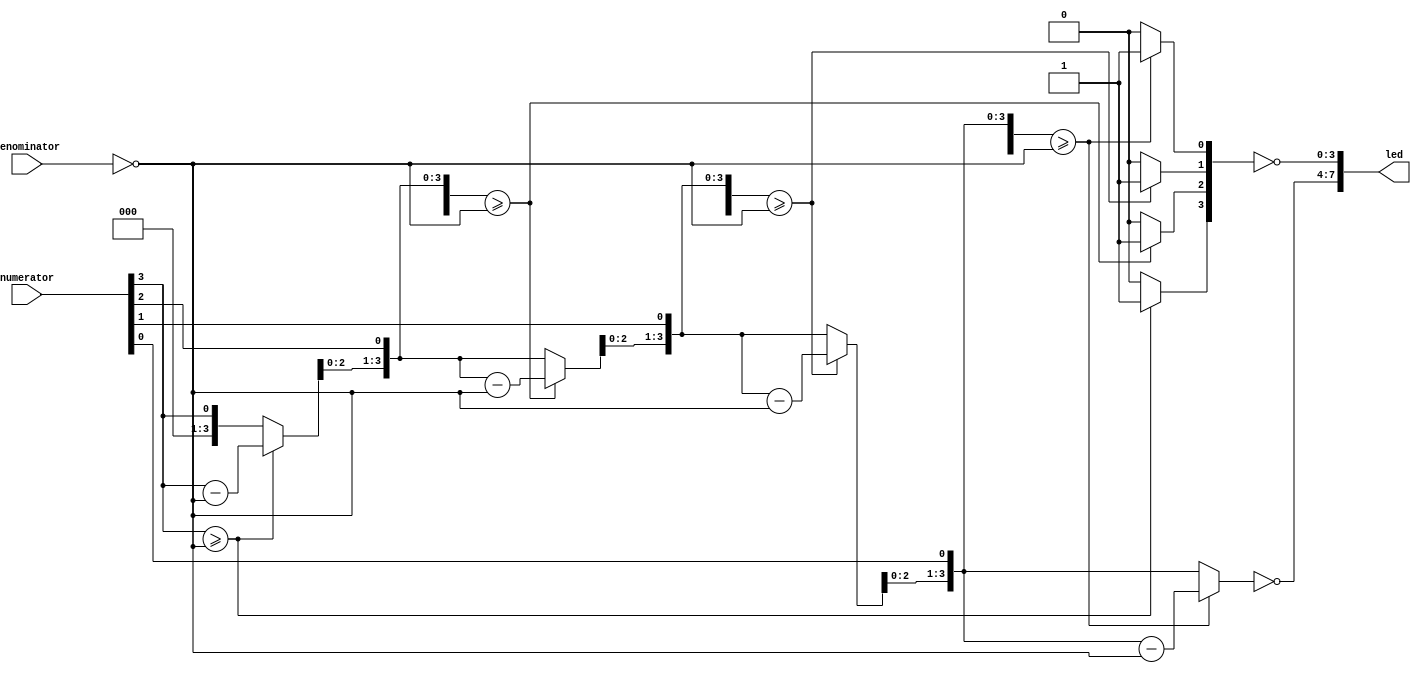
//********************************************************
//
//   Copyright(c)2016, STEP FPGA 
//   All rights reserved
//
//   Module name     :   div

//   Data            :   2016/08/31
 
//   Version         :   V1.0
//   Description       4 bits division
//
//   Modification history
//   ----------------------------------------------------------------------------
// Version       Data(2016/08/31)   V1.0
// Description
//
//********************************************************
// 
// 
//*******************
//DEFINE MODULE PORT
//*******************
module div
(
	//INPUT
	numerator    ,
	denominator  ,
	
	//OUTPUT
	led
);

	//*******************
	//DEFINE INPUT
	//*******************
	input   [3:0]       numerator	; 
	input   [3:0]       denominator	;  

	//*******************
	//DEFINE OUTPUT
	//*******************
	output  [7:0]    	led	      	;
	
	//******************** 
	//OUTPUT ATTRIBUTE 
	//********************     
	wire  [7:0]			led			;
	reg   [3:0]    	    quotient 	;
	reg   [3:0]		    remainder	;
	
	
	//*********************
	//MAIN CORE  
	//*********************
	always @ (*)
		begin
			div4({4'b0,numerator},~denominator,quotient,remainder);
		end
	
	task div4(
				input [7:0] numer	,
				input [3:0] denom	,
				output[3:0]	quot	,
				output[3:0]	rem	
			);
	begin:D4
		reg  [4:0] n1;
		reg  [3:0] n2;
		reg  [4:0] d;
		integer    i;
		begin
			d={1'b0,denom};
			n2=numer[3:0];
			n1={1'b0,numer[7:4]};
			for(i=0;i<=3;i=i+1)
			begin 
				n1={n1[3:0],n2[3]};				//shl n1:n2
				n2={n2[2:0],1'b0};
				if(n1>=d)
					begin 
						n1=n1-d;
						n2[0]=1;
					end
			end
		quot=n2; 
		rem=n1[3:0];	
		end
	end
	endtask				
	
	assign led={~remainder,~quotient};

endmodule